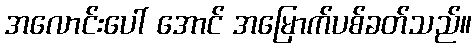
အလောင်းပေါ် အောင် အမြောက်ပစ်ခတ်သည်။